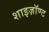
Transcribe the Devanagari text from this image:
शाइज़ॉण्ट